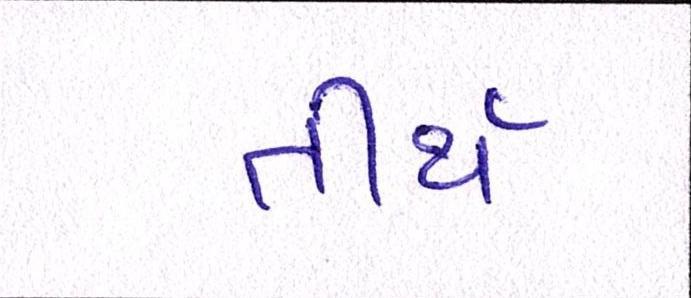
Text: તીર્થ